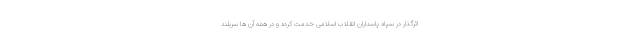
اثرگذار در سپاه پاسداران انقلاب اسلامی خدمت کرده و در همه آن ها سربلند